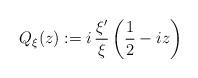
LaTeX: \begin{align*} Q_\xi(z):=i\, \frac{\xi'}{\xi}\left(\frac{1}{2}-iz\right)\end{align*}